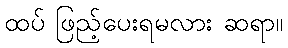
ထပ် ဖြည့်ပေးရမလား ဆရာ။